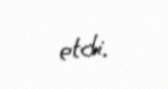
etdi.